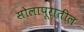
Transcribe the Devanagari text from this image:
सोलापूरातील